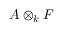
A \otimes _ { k } F